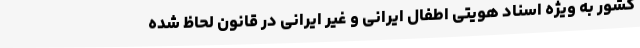
کشور به ویژه اسناد هویتی اطفال ایرانی و غیر ایرانی در قانون لحاظ شده